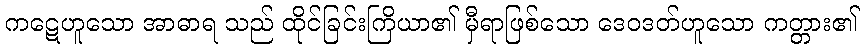
ကဋေဟူသော အာဓာရ သည် ထိုင်ခြင်းကြိယာ၏ မှီရာဖြစ်သော ဒေဝဒတ်ဟူသော ကတ္တား၏